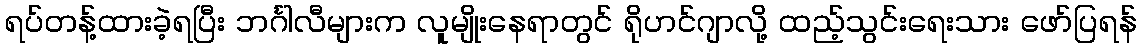
ရပ်တန့်ထားခဲ့ရပြီး ဘင်္ဂါလီများက လူမျိုးနေရာတွင် ရိုဟင်ဂျာလို့ ထည့်သွင်းရေးသား ဖော်ပြရန်